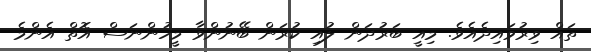
ތައް ވިރުވައިދެއެވެ. މިއީ ބަރުދަން ލުއި ކުރަން ބޭނުންވާ މީހުންނަސް އޮތް އެންމެ